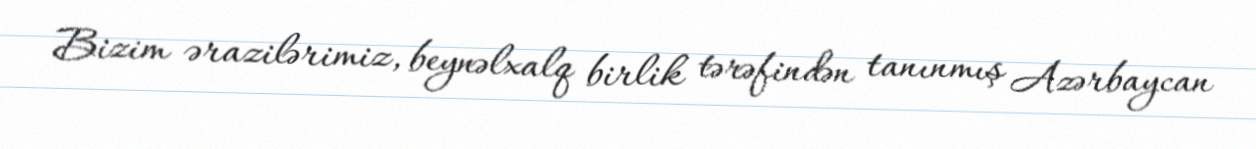
Bizim ərazilərimiz, beynəlxalq birlik tərəfindən tanınmış Azərbaycan